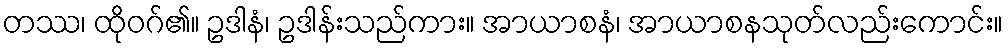
တဿ၊ ထိုဝဂ်၏။ ဥဒါနံ၊ ဥဒါန်းသည်ကား။ အာယာစနံ၊ အာယာစနသုတ်လည်းကောင်း။